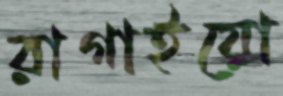
রাগাইয়ো